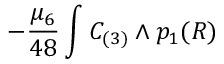
- { \frac { \mu _ { 6 } } { 4 8 } } \int C _ { ( 3 ) } \wedge p _ { 1 } ( { \cal R } )